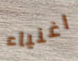
اغنياء